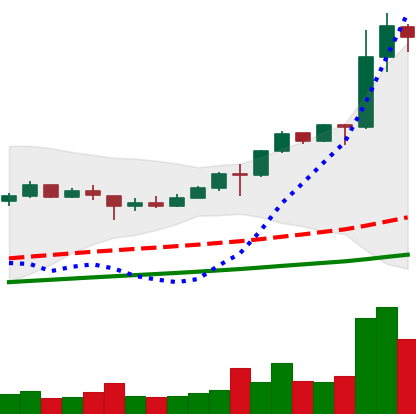
Ticker: LINK-USD
Chart end date: 2020-08-10
Forward return: 42.093%
Label: up_7plus